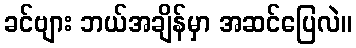
ခင်ဗျား ဘယ်အချိန်မှာ အဆင်ပြေလဲ။